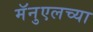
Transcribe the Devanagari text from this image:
मॅनुएलच्या